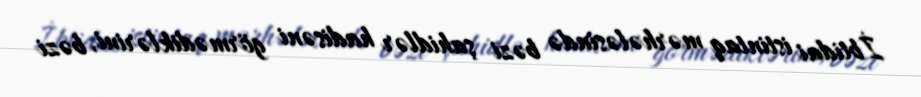
İbtidai istintaq mərhələsində bəzi şahidlər hadisəni görmədiklərini, bəzi